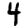
Digit: 4